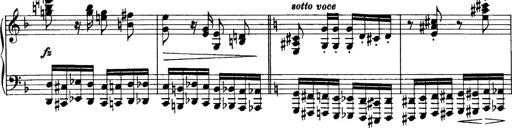
Title: Sonatina No.6
Composer: Ferruccio Busoni